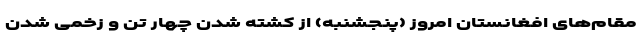
مقام‌های افغانستان امروز (پنجشنبه) از کشته شدن چهار تن و زخمی شدن